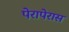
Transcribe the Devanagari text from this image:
पेरापेरास